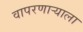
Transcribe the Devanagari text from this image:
वापरणाऱ्याला